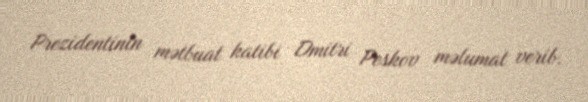
Prezidentinin mətbuat katibi Dmitri Peskov məlumat verib.